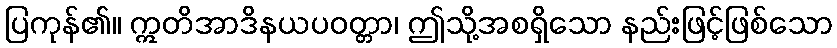
ပြကုန်၏။ ဣတိအာဒိနယပဝတ္တာ၊ ဤသို့အစရှိသော နည်းဖြင့်ဖြစ်သော